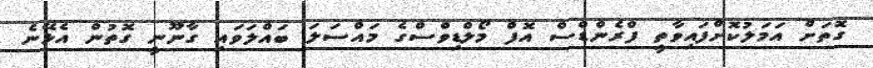
ގޮތަށް އަމަލުކޮށްފައިވާތީ ފްރެންޑްސް އޮފް މޯލްޑިވްސްގެ މައްސަލަ ބައްލަވައި ގާނޫނީ ގޮތުން އެޅޭނެ